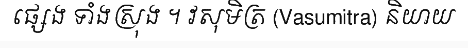
ផ្សេង ទាំងស្រុង ។ វសុមិត្រ (Vasumitra) និយាយ